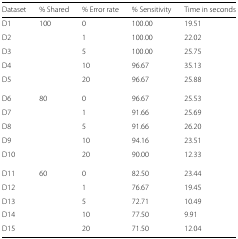
<table><thead><tr><td><b>Dataset</b></td><td><b>% Shared</b></td><td><b>% Error rate</b></td><td><b>% Sensitivity</b></td><td><b>Time in seconds</b></td></tr></thead><tbody><tr><td>D1</td><td>100</td><td>0</td><td>100.00</td><td>19.51</td></tr><tr><td>D2</td><td></td><td>1</td><td>100.00</td><td>22.02</td></tr><tr><td>D3</td><td></td><td>5</td><td>100.00</td><td>25.75</td></tr><tr><td>D4</td><td></td><td>10</td><td>96.67</td><td>35.13</td></tr><tr><td>D5</td><td></td><td>20</td><td>96.67</td><td>25.88</td></tr><tr><td>D6</td><td>80</td><td>0</td><td>96.67</td><td>25.53</td></tr><tr><td>D7</td><td></td><td>1</td><td>91.66</td><td>25.69</td></tr><tr><td>D8</td><td></td><td>5</td><td>91.66</td><td>26.20</td></tr><tr><td>D9</td><td></td><td>10</td><td>94.16</td><td>23.51</td></tr><tr><td>D10</td><td></td><td>20</td><td>90.00</td><td>12.33</td></tr><tr><td>D11</td><td>60</td><td>0</td><td>82.50</td><td>23.44</td></tr><tr><td>D12</td><td></td><td>1</td><td>76.67</td><td>19.45</td></tr><tr><td>D13</td><td></td><td>5</td><td>72.71</td><td>10.49</td></tr><tr><td>D14</td><td></td><td>10</td><td>77.50</td><td>9.91</td></tr><tr><td>D15</td><td></td><td>20</td><td>71.50</td><td>12.04</td></tr></tbody></table>